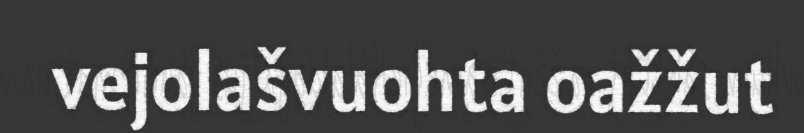
vejolašvuohta oažžut